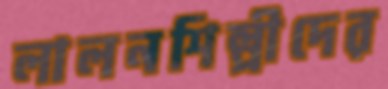
লালনশিল্পীদের